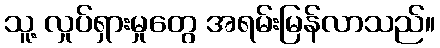
သူ့ လှုပ်ရှားမှုတွေ အရမ်းမြန်လာသည်။